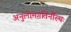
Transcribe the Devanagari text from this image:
अनुलोमगतिर्नौस्थः